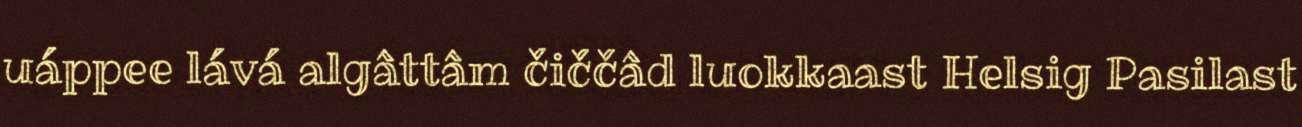
uáppee lává algâttâm čiččâd luokkaast Helsig Pasilast